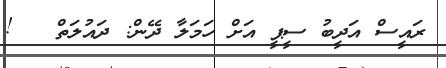
ރައީސް އަދީބު ސީޕީ އަށް ހަމަލާ ދޭން: ދައުލަތް   !